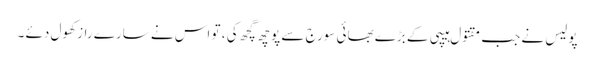
پولیس نے جب مقتول ہیپی کے بڑے بھائی سورج سے پوچھ گچھ کی ، تو اس نے سارے راز کھول دئے ۔